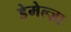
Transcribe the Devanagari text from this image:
डेमेल्ज़ा